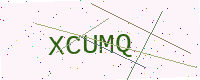
Text: XCUMQ